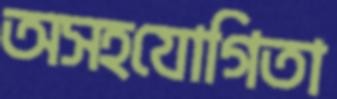
অসহযোগিতা